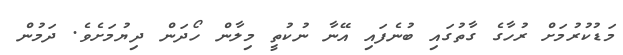
މަޑުކުރުމަށް ރުހާގެ ގާތުގައި ބުނެފައި އޭނާ ނުކުތީ މިލާން ހޯދަން ދިޔުމަށެވެ. ދަމުން